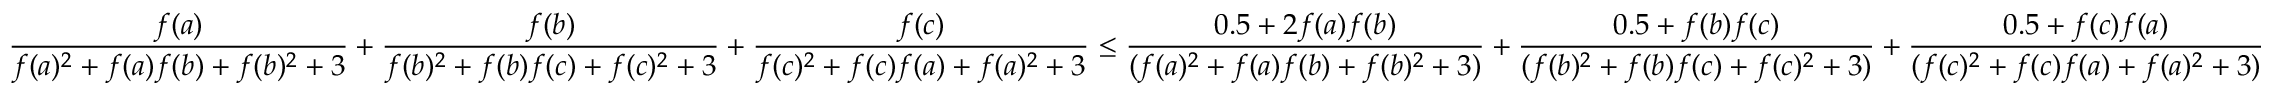
\frac { f ( a ) } { f ( a ) ^ { 2 } + f ( a ) f ( b ) + f ( b ) ^ { 2 } + 3 } + \frac { f ( b ) } { f ( b ) ^ { 2 } + f ( b ) f ( c ) + f ( c ) ^ { 2 } + 3 } + \frac { f ( c ) } { f ( c ) ^ { 2 } + f ( c ) f ( a ) + f ( a ) ^ { 2 } + 3 } \leq \frac { 0 . 5 + 2 f ( a ) f ( b ) } { ( f ( a ) ^ { 2 } + f ( a ) f ( b ) + f ( b ) ^ { 2 } + 3 ) } + \frac { 0 . 5 + f ( b ) f ( c ) } { ( f ( b ) ^ { 2 } + f ( b ) f ( c ) + f ( c ) ^ { 2 } + 3 ) } + \frac { 0 . 5 + f ( c ) f ( a ) } { ( f ( c ) ^ { 2 } + f ( c ) f ( a ) + f ( a ) ^ { 2 } + 3 ) }